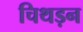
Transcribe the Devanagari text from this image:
चिथड़न